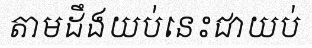
តាមដឹងយប់នេះជាយប់